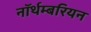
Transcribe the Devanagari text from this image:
नॉर्थम्बरियन